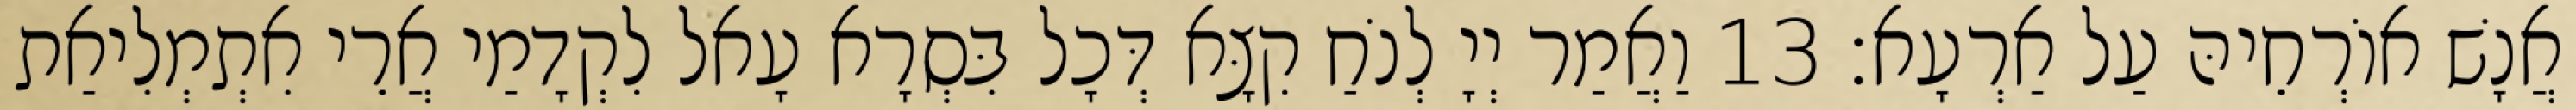
אֲנָשׁ אוֹרְחֵיהּ עַל אַרְעָא׃ 13 וַאֲמַר יְיָ לְנֹחַ קִצָּא דְּכָל בִּסְרָא עָאל לִקְדָמַי אֲרֵי אִתְמְלִיאַת